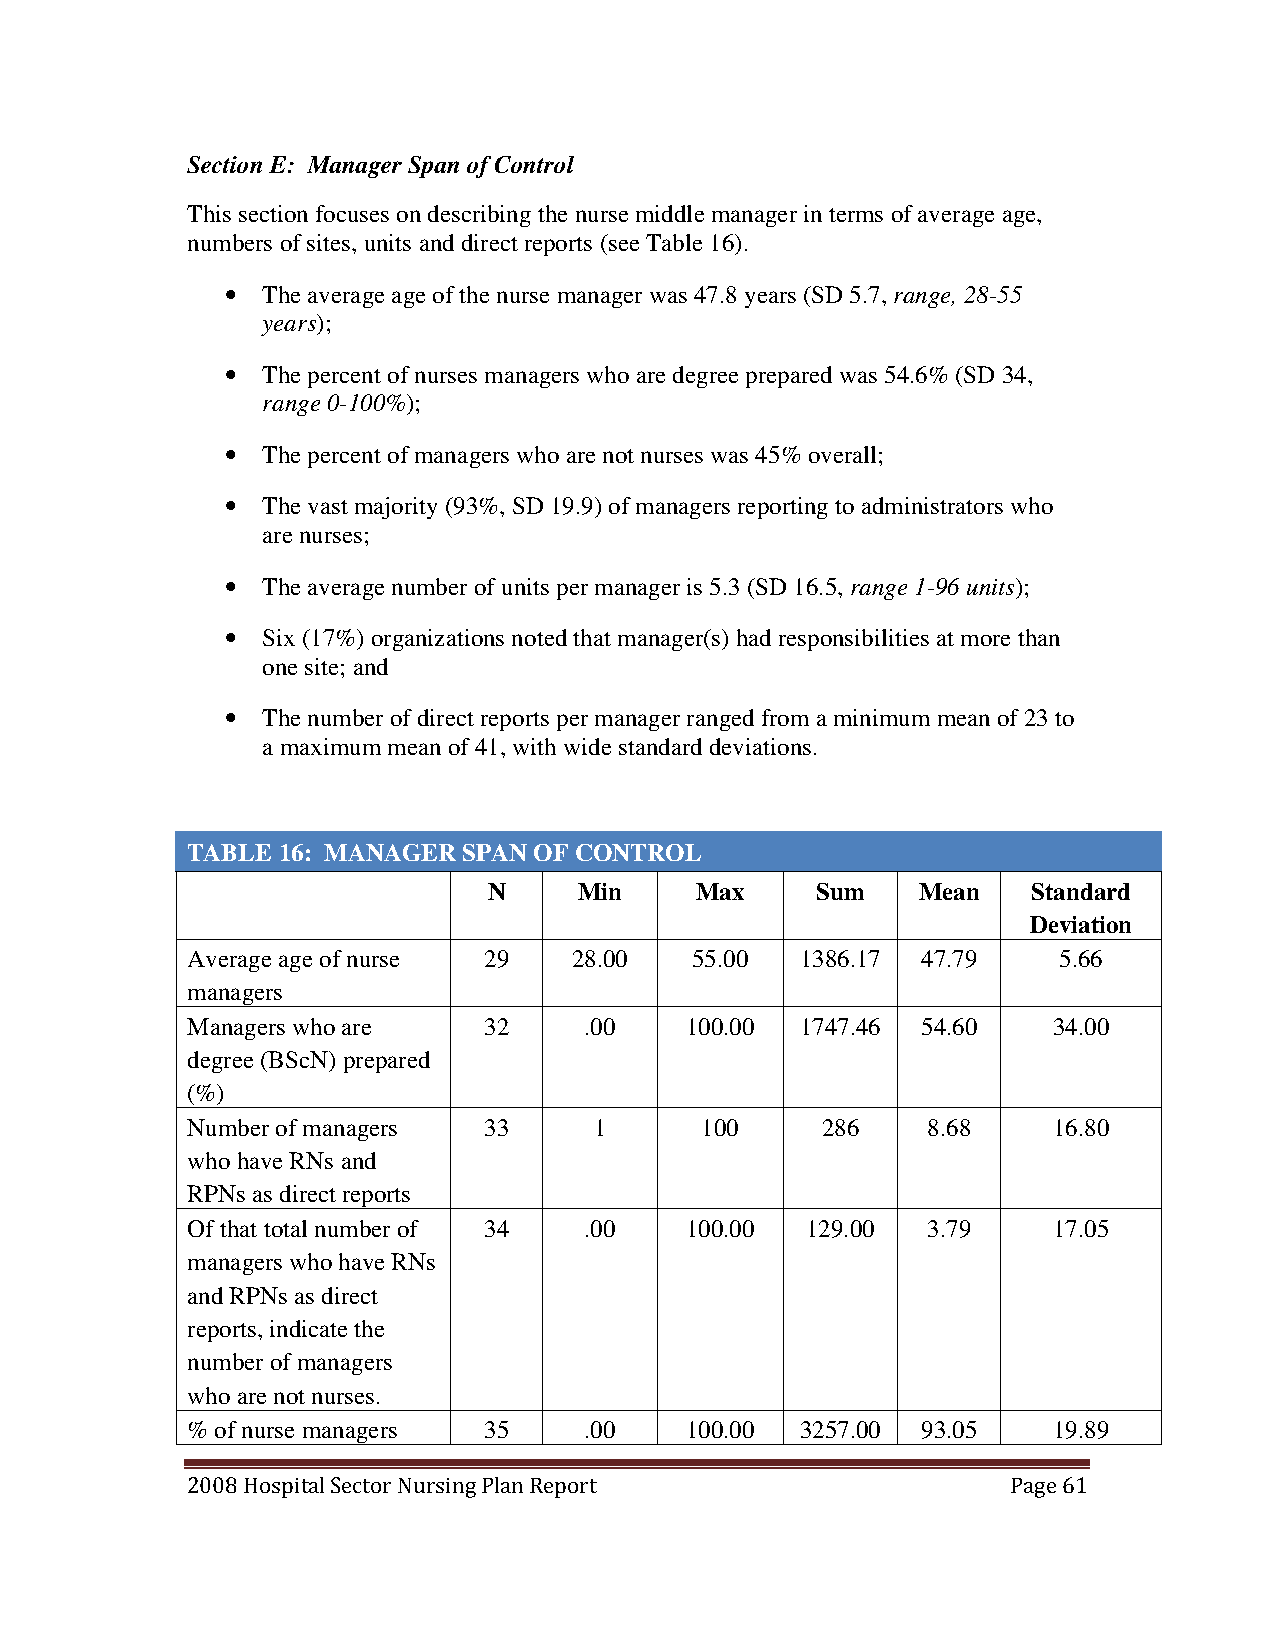
Section E: Manager Span of Control
 This section focuses on describing the nurse middle manager in terms of average age,
 numbers of sites, units and direct reports (see Table 16).
 • The average age of the nurse manager was 47.8 years (SD 5.7, range, 28-55
 years);
 • The percent of nurses managers who are degree prepared was 54.6% (SD 34,
 range 0-100%);
 • The percent of managers who are not nurses was 45% overall;
 • The vast majority (93%, SD 19.9) of managers reporting to administrators who
 are nurses;
 • The average number of units per manager is 5.3 (SD 16.5, range 1-96 units);
 • Six (17%) organizations noted that manager(s) had responsibilities at more than
 one site; and
 • The number of direct reports per manager ranged from a minimum mean of 23 to
 a maximum mean of 41, with wide standard deviations.
 TABLE 16: MANAGER  SPAN OF CONTROL
 N     Min     Max     Sum    Mean   Standard
 Deviation
 Average age of nurse 29   28.00   55.00  1386.17 47.79    5.66
 managers
 Managers who are    32     .00   100.00  1747.46 54.60    34.00
 degree (BScN) prepared
 (%)
 Number of managers  33     1      100     286    8.68     16.80
 who have RNs and
 RPNs as direct reports
 Of that total number of 34 .00   100.00  129.00  3.79     17.05
 managers who have RNs
 and RPNs as direct
 reports, indicate the
 number of managers
 who are not nurses.
 % of nurse managers 35     .00   100.00  3257.00 93.05    19.89
 2008 Hospital Sector Nursing Plan Report               Page 61